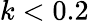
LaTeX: k<0.2